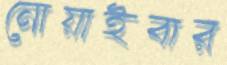
নোয়াইবার